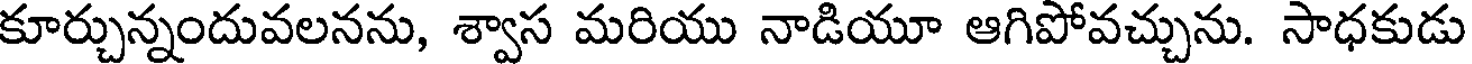
కూర్చున్నందువలనను, శ్వాస మరియు నాడియూ ఆగిపోవచ్చును. సాధకుడు